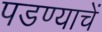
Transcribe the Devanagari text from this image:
पडण्याचें